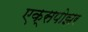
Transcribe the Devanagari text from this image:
एक्सपोझर